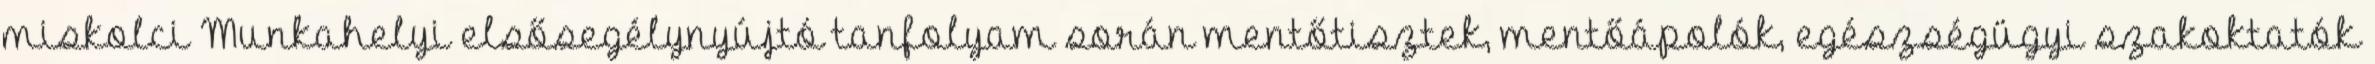
miskolci Munkahelyi elsősegélynyújtó tanfolyam során mentőtisztek, mentőápolók, egészségügyi szakoktatók